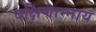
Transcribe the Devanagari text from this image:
दक्षिणाम्नाय